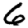
Digit: 6